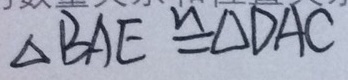
\Delta B A E \cong \Delta D A C